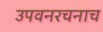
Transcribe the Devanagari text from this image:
उपवनरचनाच